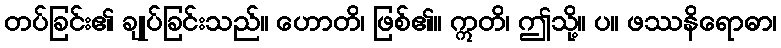
တပ်ခြင်း၏ ချုပ်ခြင်းသည်။ ဟောတိ၊ ဖြစ်၏။ ဣတိ၊ ဤသို့။ ပ။ ဖဿနိရောဓာ၊